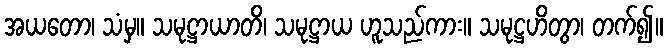
အယတော၊ သံမှ။ သမုဋ္ဌာယာတိ၊ သမုဋ္ဌာယ ဟူသည်ကား။ သမုဋ္ဌဟိတွာ၊ တက်၍။